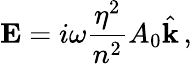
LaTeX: {\mathbf E}=i\omega\frac{\eta^{2}}{n^{2}}A_{0}\hat{{\mathbf k}}\, ,